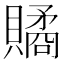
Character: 𧷾